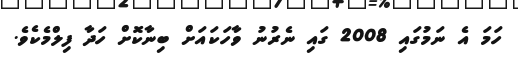
ހަމަ އެ ނަމުގައި 2008 ގައި ނެރުނު ވާހަކައަށް ބިނާކޮށް ހަދާ ފިލްމެކެވެ.